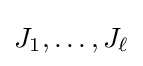
J_{1},\dots ,J_{\ell }